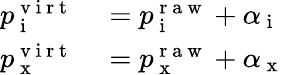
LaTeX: \begin{array}{rl}{p_{\mathrm{~i~}}^{\mathrm{~v~i~r~t~}}}&{{}=p_{\mathrm{~i~}}^{\mathrm{~r~a~w~}}+\alpha_{\mathrm{~i~}}}\\ {p_{\mathrm{~x~}}^{\mathrm{~v~i~r~t~}}}&{{}=p_{\mathrm{~x~}}^{\mathrm{~r~a~w~}}+\alpha_{\mathrm{~x~}}}\end{array}